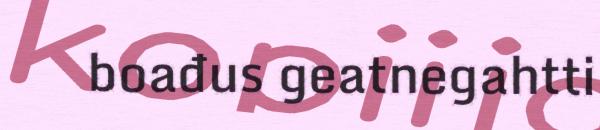
boađus geatnegahtti